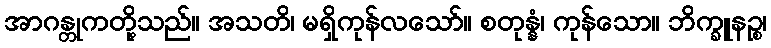
အာဂန္တုကတို့သည်။ အသတိ၊ မရှိကုန်လသော်။ စတုန္နံ၊ ကုန်သော။ ဘိက္ခူနဉ္စ၊